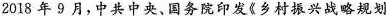
2018年9月，中共中央、国务院印发《乡村振兴战略规划